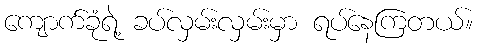
ကျောက်ခုံရဲ့ ခပ်လှမ်းလှမ်းမှာ ရပ်နေကြတယ်။